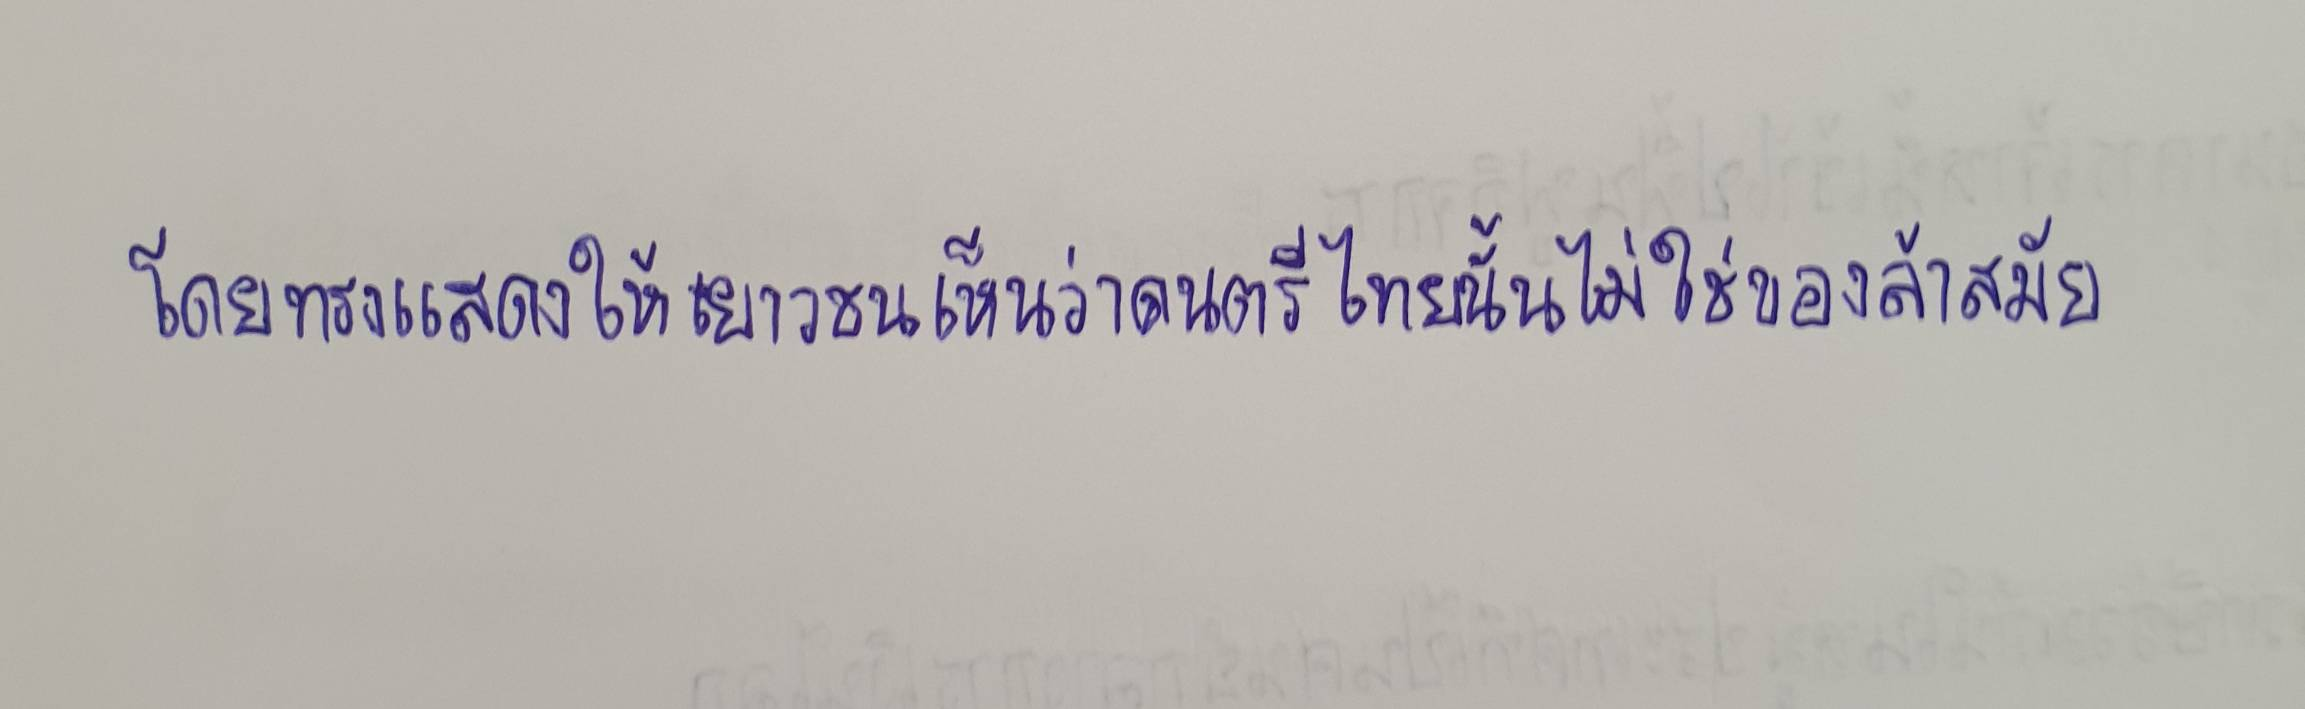
โดยทรงแสดงให้เยาวชนเห็นว่าดนตรีไทยนั้นไม่ใช่ของล้าสมัย